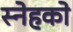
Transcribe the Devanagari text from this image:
स्नेहको